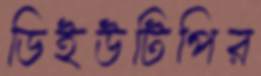
ডিইউটিপির